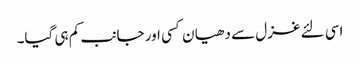
اسی لئے غزل سے دھیا ن کسی اور جانب کم ہی گیا۔